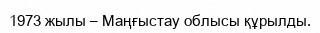
1973 жылы – Маңғыстау облысы құрылды.